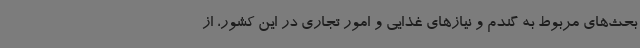
بحث‌های مربوط به گندم و نیازهای غذایی و امور تجاری در این کشور، از